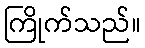
ကြိုက်သည်။